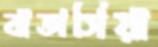
বাতাসিয়া